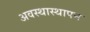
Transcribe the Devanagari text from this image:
अवस्थास्थापन